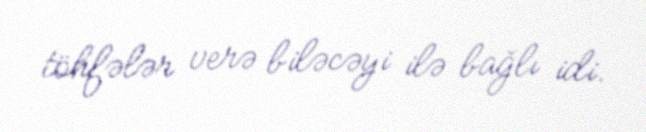
töhfələr verə biləcəyi ilə bağlı idi.